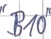
Text: "B10"